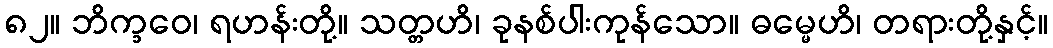
၈၂။ ဘိက္ခဝေ၊ ရဟန်းတို့။ သတ္တဟိ၊ ခုနစ်ပါးကုန်သော။ ဓမ္မေဟိ၊ တရားတို့နှင့်။